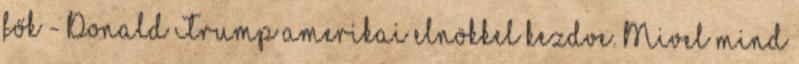
fők - Donald Trump amerikai elnökkel kezdve. Mivel mind